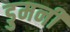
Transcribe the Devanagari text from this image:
डुमनी